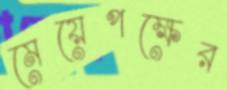
মেয়েপক্ষের